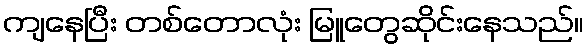
ကျနေပြီး တစ်တောလုံး မြူတွေဆိုင်းနေသည်။